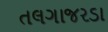
તલગાજરડા